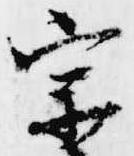
宗